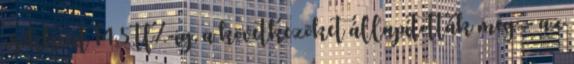
csökkent 14,5 tf%-ig, a következõket állapították meg: - az